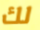
لك